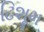
ઢિશૂમ